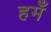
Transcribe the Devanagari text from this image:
हमेँ